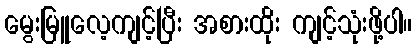
မွေးမြူလေ့ကျင့်ပြီး အစားထိုး ကျင့်သုံးဖို့ပါ။